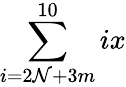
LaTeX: \sum\limits_{i=2\mathcal{N}+3m}^{10}ix